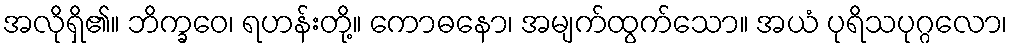
အလိုရှိ၏။ ဘိက္ခဝေ၊ ရဟန်းတို့။ ကောဓနော၊ အမျက်ထွက်သော။ အယံ ပုရိသပုဂ္ဂလော၊